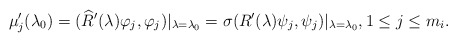
\begin{align*} \mu_j'(\lambda_0) = (\widehat{R}'(\lambda)\varphi_j,\varphi_j)|_{\lambda=\lambda_0}=\sigma (R'(\lambda)\psi_j,\psi_j)|_{\lambda=\lambda_0}, 1 \leq j \leq m_i.\end{align*}